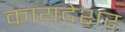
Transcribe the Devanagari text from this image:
कायदेशर